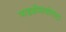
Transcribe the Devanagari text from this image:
फाइब्रोमायोमाटा